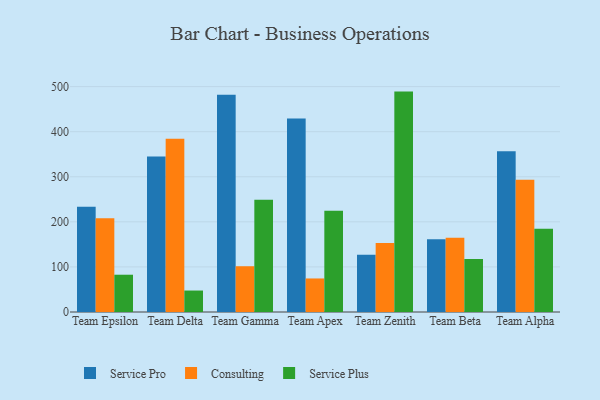
{"axis": {"x": "Team", "y": "Market Share (%)"}, "legend": ["Consulting", "Service Plus", "Service Pro"], "data": [{"x": "Team Epsilon", "y": 233.2, "type": "Service Pro"}, {"x": "Team Epsilon", "y": 208.2, "type": "Consulting"}, {"x": "Team Epsilon", "y": 82.7, "type": "Service Plus"}, {"x": "Team Delta", "y": 345.1, "type": "Service Pro"}, {"x": "Team Delta", "y": 384.4, "type": "Consulting"}, {"x": "Team Delta", "y": 47.6, "type": "Service Plus"}, {"x": "Team Gamma", "y": 482.0, "type": "Service Pro"}, {"x": "Team Gamma", "y": 101.5, "type": "Consulting"}, {"x": "Team Gamma", "y": 248.8, "type": "Service Plus"}, {"x": "Team Apex", "y": 429.4, "type": "Service Pro"}, {"x": "Team Apex", "y": 74.4, "type": "Consulting"}, {"x": "Team Apex", "y": 224.4, "type": "Service Plus"}, {"x": "Team Zenith", "y": 127.2, "type": "Service Pro"}, {"x": "Team Zenith", "y": 152.8, "type": "Consulting"}, {"x": "Team Zenith", "y": 488.9, "type": "Service Plus"}, {"x": "Team Beta", "y": 161.3, "type": "Service Pro"}, {"x": "Team Beta", "y": 164.6, "type": "Consulting"}, {"x": "Team Beta", "y": 117.4, "type": "Service Plus"}, {"x": "Team Alpha", "y": 356.6, "type": "Service Pro"}, {"x": "Team Alpha", "y": 293.1, "type": "Consulting"}, {"x": "Team Alpha", "y": 184.8, "type": "Service Plus"}]}